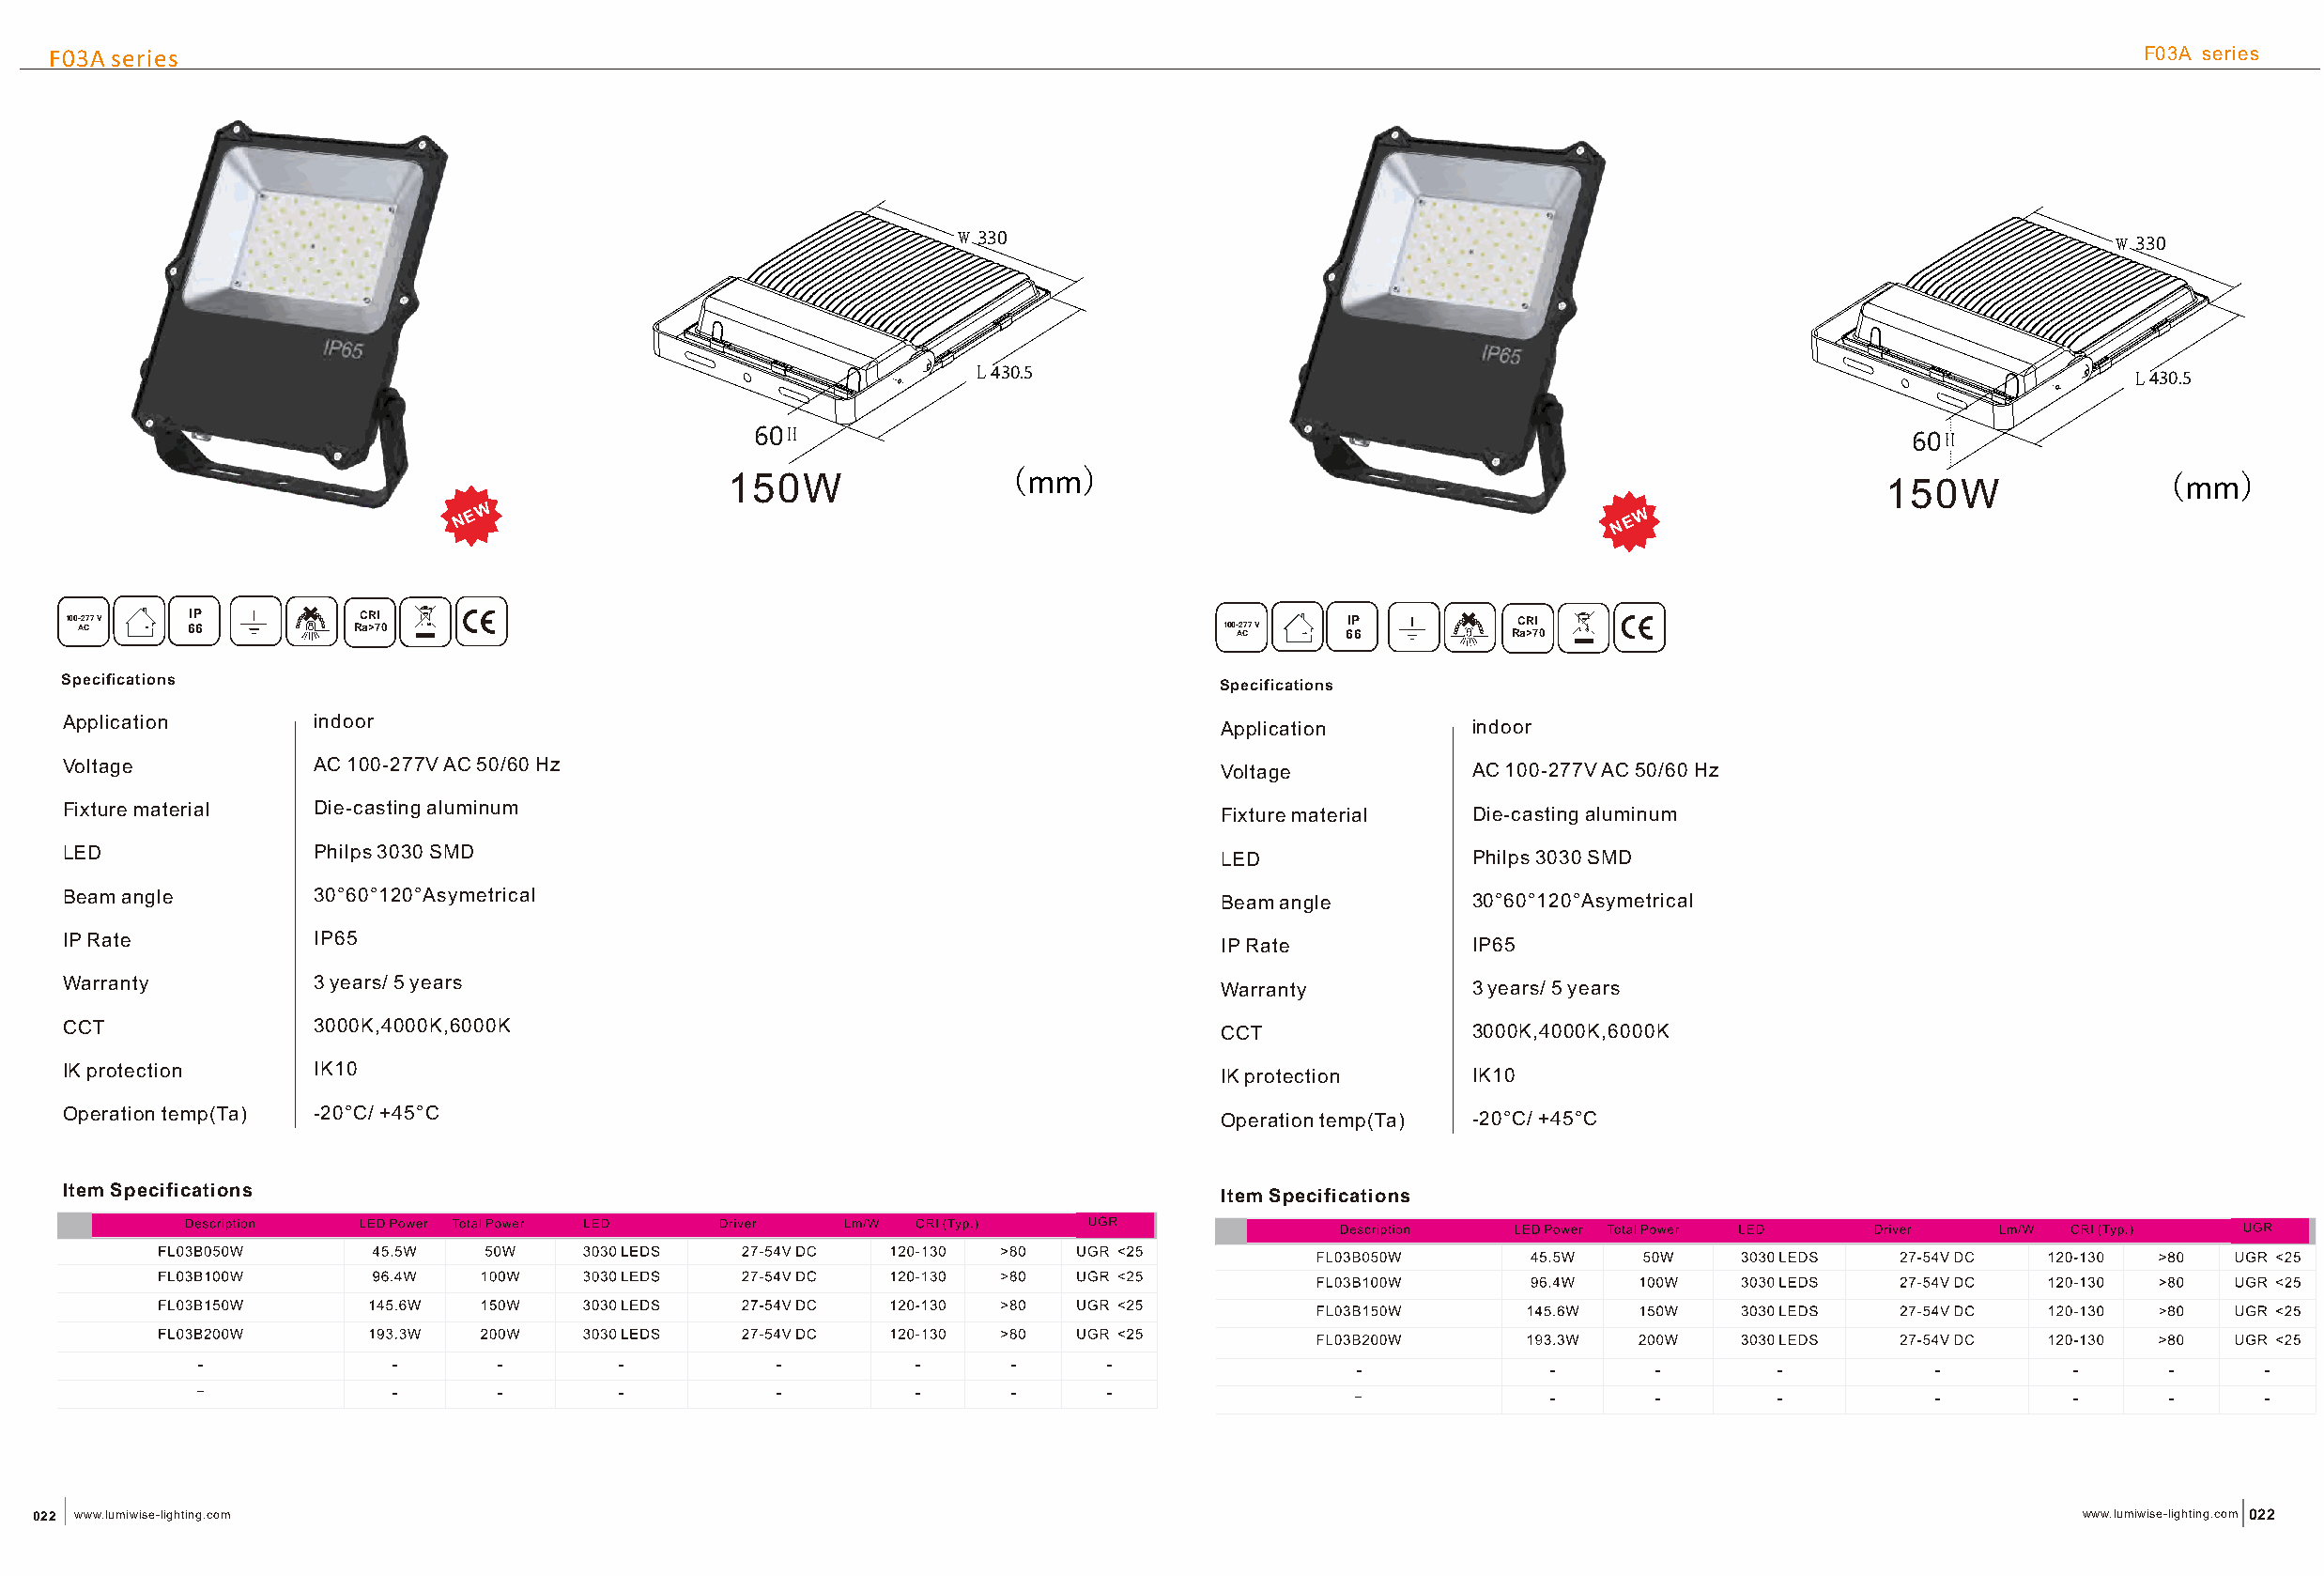
F03A series                                                                                                                                         F03A series
 w 330                                                                            w 330
 L430.5                                                                            L430.5
 60
 60
 150W                (mm)                                                          150W                (mm)
 NN EE WW                                                                          NN EE WW
 1 0 0 A-2 C77 V 6IP 6 R CC aRR >7II 0                                            1 0 0 A-2 C77 V 6IP 6 R CC aRR >7II 0
 Specifications                                                                    Specifications
 Application       indoor                                                          Application       indoor
 Voltage           AC 100-277V AC 50/60 Hz                                         Voltage           AC 100-277V AC 50/60 Hz
 Fixture material  D ie-casting aluminum                                           Fixture material  D ie-casting aluminum
 LED               Philps 3030 SMD                                                 LED               Philps 3030 SMD
 Beam angle        30°60°120°Asymetrical                                           Beam angle        30°60°120°Asymetrical
 IP Rate           IP65                                                            IP Rate           IP65
 Warranty          3 years/ 5 years                                                Warranty          3 years/ 5 years
 CCT               3000K,4000K,6000K                                               CCT               3000K,4000K,6000K
 IK protection     IK10                                                            IK protection     IK10
 Operation temp(Ta) -20°C/ +45°C                                                   Operation temp(Ta) -20°C/ +45°C
 Item Specifications                                                               Item Specifications
 022 www.lumiwise-lighting.com                                                                                                                    www.lumiwise-lighting.com 022